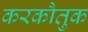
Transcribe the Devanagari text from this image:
करकौतुक